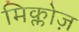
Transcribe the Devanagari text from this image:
मिक्लोज़